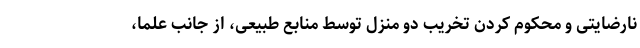
نارضایتی و محکوم کردن تخریب دو منزل توسط منابع طبیعی، از جانب علما،